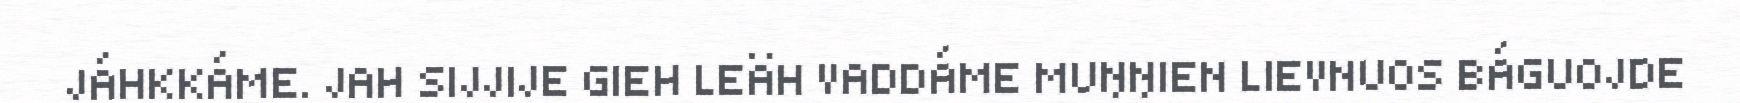
JÁHKKÁME. JAH SIJJIJE GIEH LEÄH VADDÁME MUŊŊIEN LIEVNUOS BÁGUOJDE